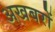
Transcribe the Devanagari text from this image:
अखबरों